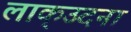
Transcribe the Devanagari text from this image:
लाक्उदना